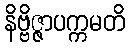
နိဗ္ဗိဇ္ဇာပက္ကမတိ